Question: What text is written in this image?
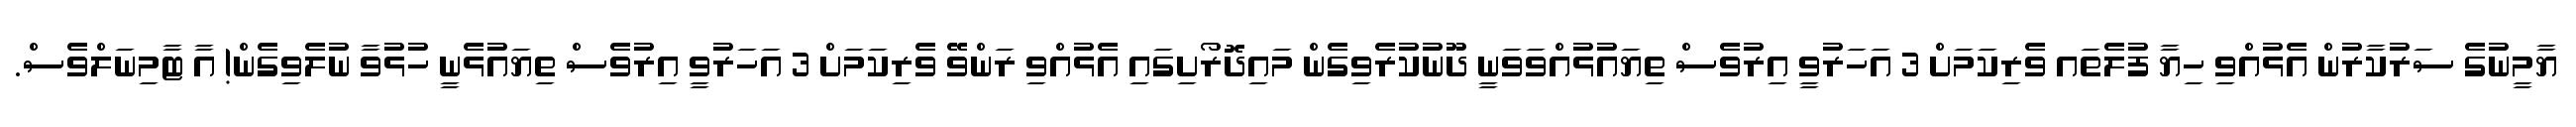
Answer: ޔާމީނުގެ ސަރުކާރުން އެޅުއްވި ހިޔާ ފުލެތައ ވެރިކަމަށް 3 އަހަރުވީ އިރުވެސް ތިޔައުޅުއްވަވަނީ ދޫނުކުރެވިގެން މައިދޮރޯށިގައި އެޅުއްވި ރަންވޭ ވެރިކަމަށް 3 އަހަރުވީ އިރުވެސް ތިޔައުޅެނީ ހުޅުވާ ނުލެވިގެން! އާ ޓާމިނަލްވެސް.